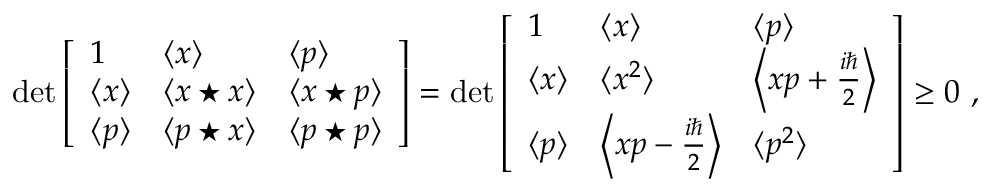
\operatorname* { d e t } { \left[ \begin{array} { l l l } { 1 } & { \langle x \rangle } & { \langle p \rangle } \\ { \langle x \rangle } & { \langle x \star x \rangle } & { \langle x \star p \rangle } \\ { \langle p \rangle } & { \langle p \star x \rangle } & { \langle p \star p \rangle } \end{array} \right] } = \operatorname* { d e t } { \left[ \begin{array} { l l l } { 1 } & { \langle x \rangle } & { \langle p \rangle } \\ { \langle x \rangle } & { \langle x ^ { 2 } \rangle } & { \left\langle x p + { \frac { i \hbar } { 2 } } \right\rangle } \\ { \langle p \rangle } & { \left\langle x p - { \frac { i \hbar } { 2 } } \right\rangle } & { \langle p ^ { 2 } \rangle } \end{array} \right] } \geq 0 ~ ,